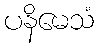
ပနိမေသံ